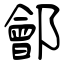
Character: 鄶